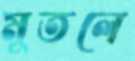
মুতলে